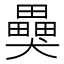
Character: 𤣂